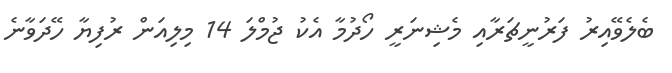
ބެލެވޭއިރު ފަރުނީޗަރާއި މެޝިނަރީ ހޯދުމާ އެކު ޖުމްލަ 14 މިލިއަން ރުފިޔާ ހޭދަވާނެ